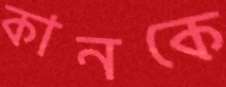
কানকে